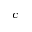
c